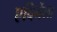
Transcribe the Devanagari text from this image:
एदिर्नेला